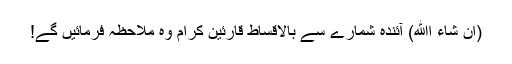
(ان شاء اﷲ) آئندہ شمارے سے بالأقساط قارئین کرام وہ ملاحظہ فرمائیں گے!